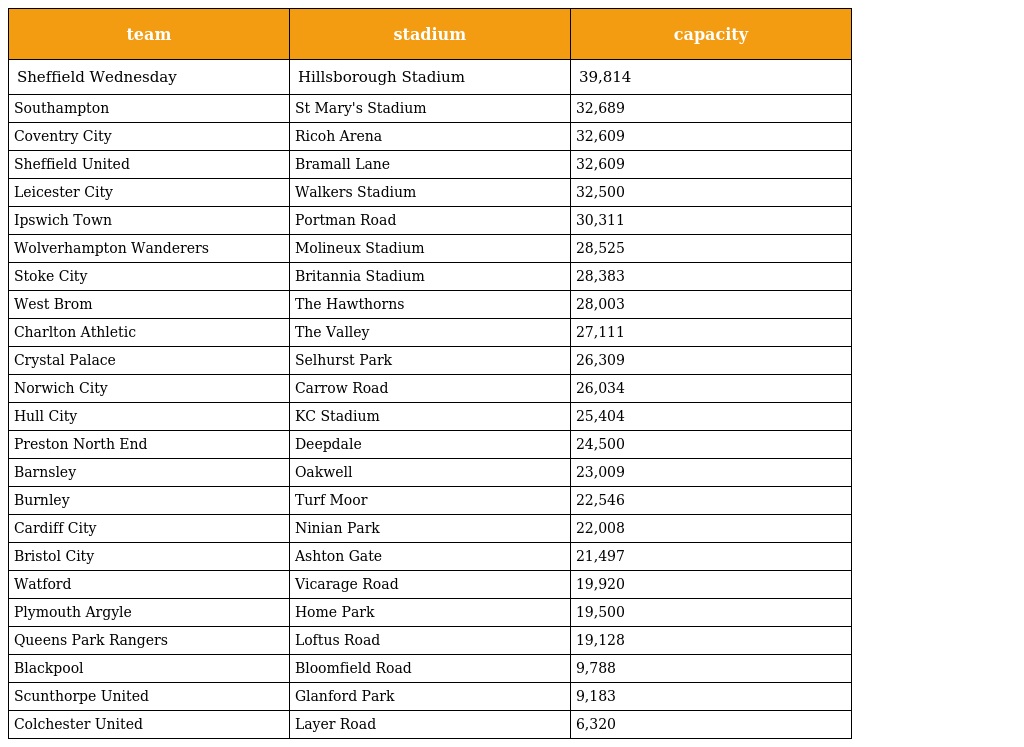
| team | stadium | capacity |
 | --- | --- | --- |
 | Sheffield Wednesday | Hillsborough Stadium | 39,814 |
 | Southampton | St Mary's Stadium | 32,689 |
 | Coventry City | Ricoh Arena | 32,609 |
 | Sheffield United | Bramall Lane | 32,609 |
 | Leicester City | Walkers Stadium | 32,500 |
 | Ipswich Town | Portman Road | 30,311 |
 | Wolverhampton Wanderers | Molineux Stadium | 28,525 |
 | Stoke City | Britannia Stadium | 28,383 |
 | West Brom | The Hawthorns | 28,003 |
 | Charlton Athletic | The Valley | 27,111 |
 | Crystal Palace | Selhurst Park | 26,309 |
 | Norwich City | Carrow Road | 26,034 |
 | Hull City | KC Stadium | 25,404 |
 | Preston North End | Deepdale | 24,500 |
 | Barnsley | Oakwell | 23,009 |
 | Burnley | Turf Moor | 22,546 |
 | Cardiff City | Ninian Park | 22,008 |
 | Bristol City | Ashton Gate | 21,497 |
 | Watford | Vicarage Road | 19,920 |
 | Plymouth Argyle | Home Park | 19,500 |
 | Queens Park Rangers | Loftus Road | 19,128 |
 | Blackpool | Bloomfield Road | 9,788 |
 | Scunthorpe United | Glanford Park | 9,183 |
 | Colchester United | Layer Road | 6,320 |